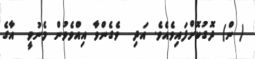
( ން) ދޮގުކޮށްފައިވެއެވެ. އަދި  ވެގެންވާ އިއްވެވުން މެނުވީ  އާގެ